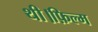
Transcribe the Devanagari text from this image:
थी।फ़िल्म